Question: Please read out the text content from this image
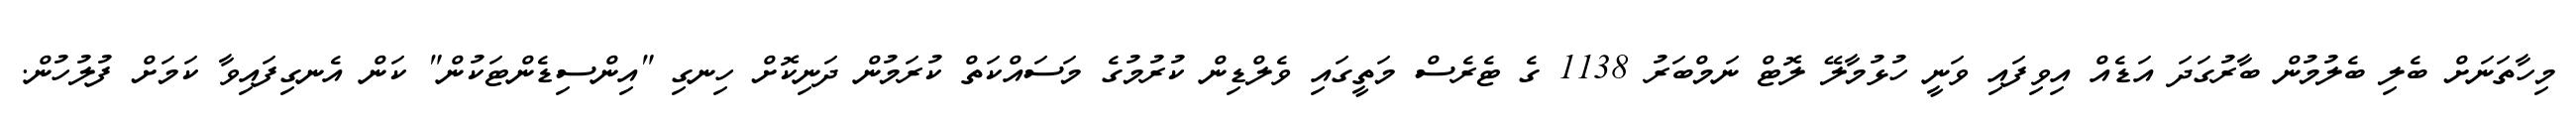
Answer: މިހާތަނަށް ބެލި ބެލުމުން ބާރުގަދަ އަޑެއް އިވިފައި ވަނީ ހުޅުމާލޭ ލޮޓް ނަމްބަރު 1138 ގެ ޓެރެސް މަތީގައި ވެލްޑިން ކުރުމުގެ މަސައްކަތް ކުރަމުން ދަނިކޮށް ހިނގި "އިންސިޑެންޓަކުން" ކަން އެނގިފައިވާ ކަމަށް ފުލުހުން.